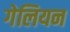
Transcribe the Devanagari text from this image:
गेलियन